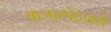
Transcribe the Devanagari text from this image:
बाजारपेठेचाही